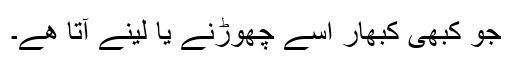
جو کبھی کبھار اسے چھوڑنے یا لینے آتا ھے۔